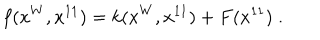
LaTeX: f ( x ^ { W } , x ^ { 1 1 } ) = k ( x ^ { W } , x ^ { 1 1 } ) + F ( x ^ { 1 1 } ) \; .